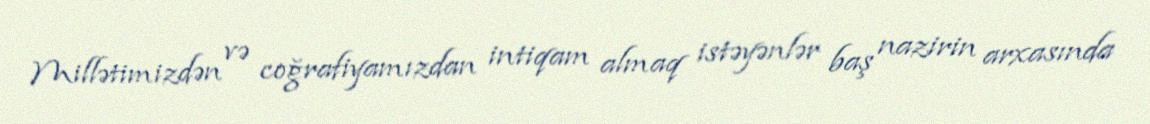
Millətimizdən və coğrafiyamızdan intiqam almaq istəyənlər baş nazirin arxasında